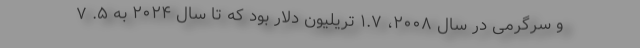
و سرگرمی در سال ۲۰۰۸، ۱.۷ تریلیون دلار بود که تا سال ۲۰۲۴ به ۵. ۷